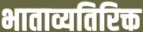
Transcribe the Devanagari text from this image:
भाताव्यतिरिक्त